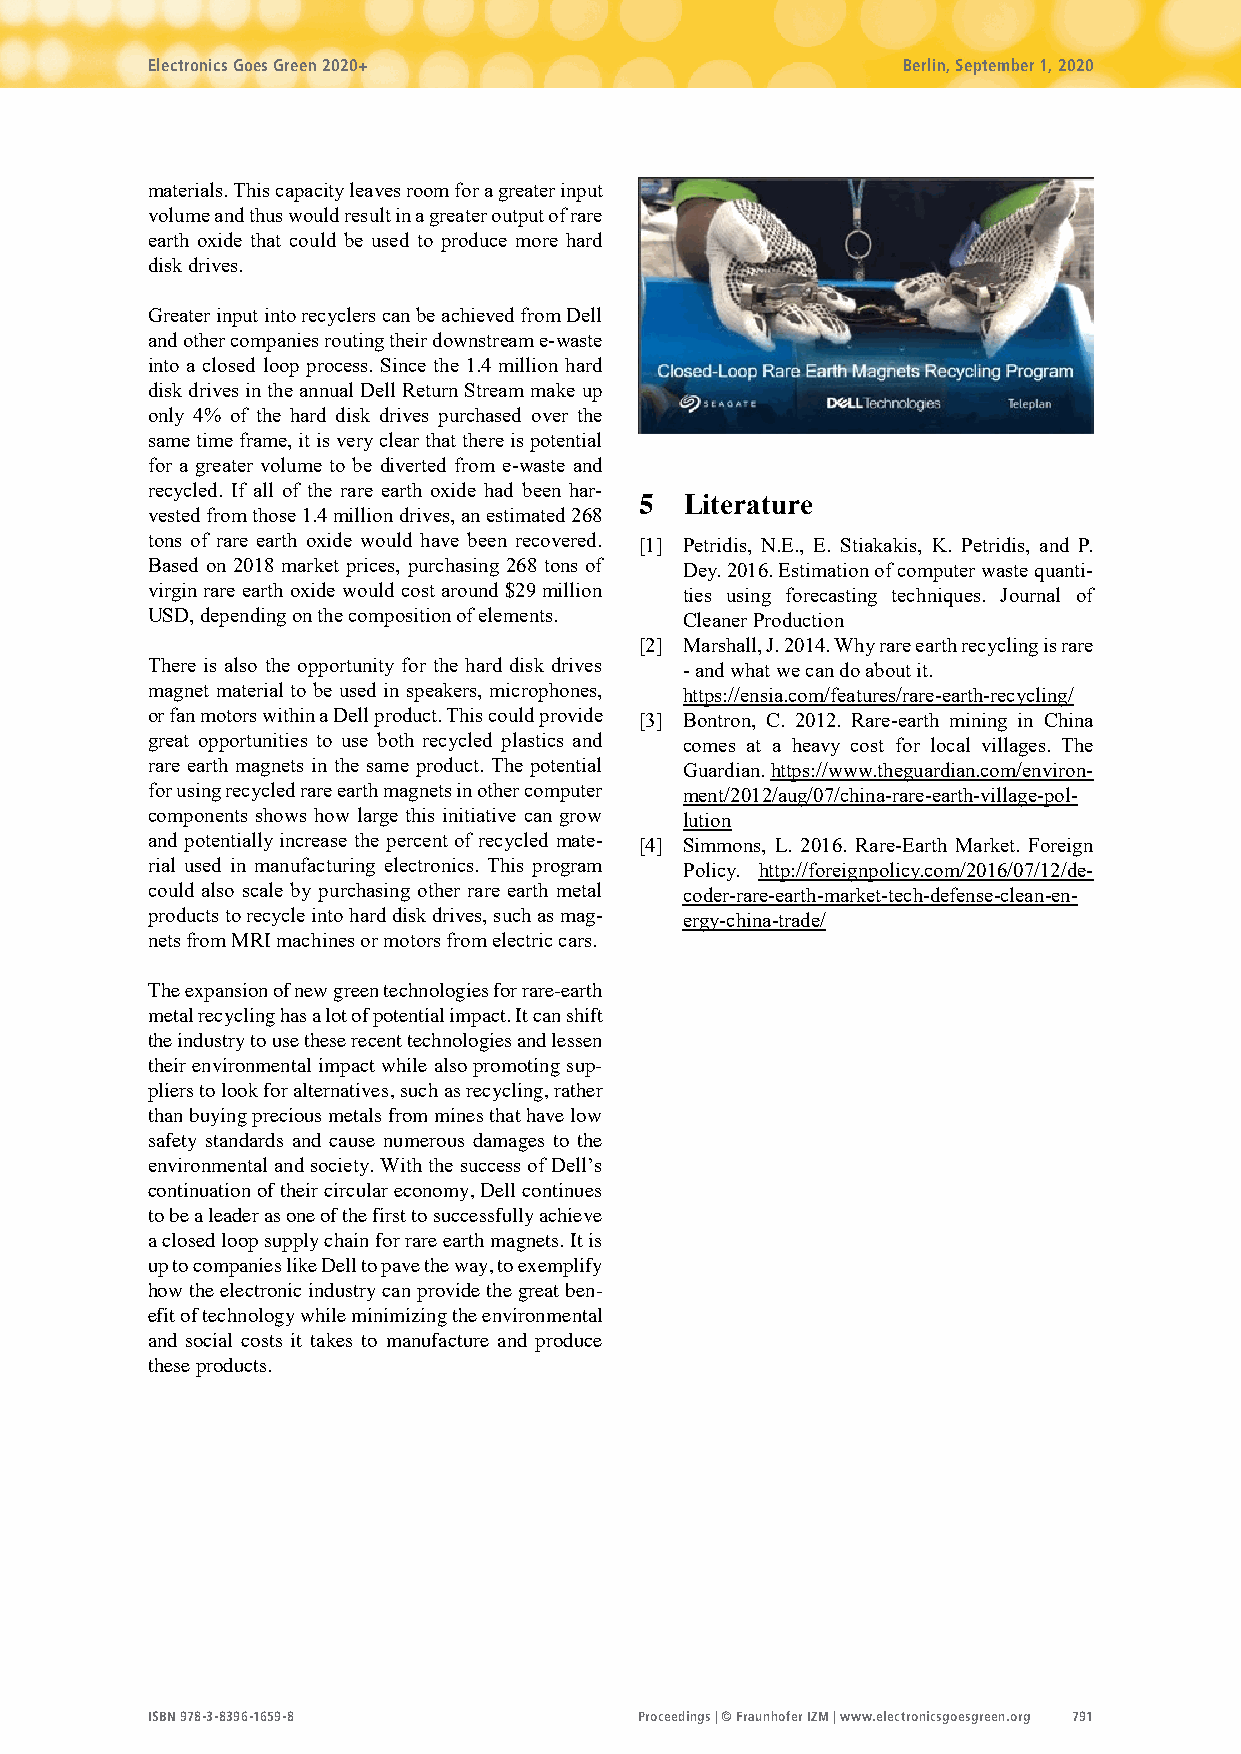
Electronics Goes Green 2020+                      Berlin, September 1, 2020
 materials. This capacity leaves room for a greater input
 volume and thus would result in a greater output of rare
 earth oxide that could be used to produce more hard
 disk drives.
 Greater input into recyclers can be achieved from Dell
 and other companies routing their downstream e-waste
 into a closed loop process. Since the 1.4 million hard
 disk drives in the annual Dell Return Stream make up
 only 4% of the hard disk drives purchased over the
 same time frame, it is very clear that there is potential
 for a greater volume to be diverted from e-waste and
 recycled. If all of the rare earth oxide had been har-
 5  Literature
 vested from those 1.4 million drives, an estimated 268
 tons of rare earth oxide would have been recovered. [1] Petridis, N.E., E. Stiakakis, K. Petridis, and P.
 Based on 2018 market prices, purchasing 268 tons of Dey. 2016. Estimation of computer waste quanti-
 virgin rare earth oxide would cost around $29 million ties using forecasting techniques. Journal of
 USD, depending on the composition of elements. Cleaner Production
 [2] Marshall, J. 2014. Why rare earth recycling is rare
 There is also the opportunity for the hard disk drives - and what we can do about it.
 magnet material to be used in speakers, microphones, https://ensia.com/features/rare-earth-recycling/
 or fan motors within a Dell product. This could provide [3] Bontron, C. 2012. Rare-earth mining in China
 great opportunities to use both recycled plastics and comes at a heavy cost for local villages. The
 rare earth magnets in the same product. The potential Guardian. https://www.theguardian.com/environ-
 for using recycled rare earth magnets in other computer ment/2012/aug/07/china-rare-earth-village-pol-
 components shows how large this initiative can grow lution
 and potentially increase the percent of recycled mate- [4] Simmons, L. 2016. Rare-Earth Market. Foreign
 rial used in manufacturing electronics. This program Policy. http://foreignpolicy.com/2016/07/12/de-
 could also scale by purchasing other rare earth metal coder-rare-earth-market-tech-defense-clean-en-
 products to recycle into hard disk drives, such as mag- ergy-china-trade/
 nets from MRI machines or motors from electric cars.
 The expansion of new green technologies for rare-earth
 metal recycling has a lot of potential impact. It can shift
 the industry to use these recent technologies and lessen
 their environmental impact while also promoting sup-
 pliers to look for alternatives, such as recycling, rather
 than buying precious metals from mines that have low
 safety standards and cause numerous damages to the
 environmental and society. With the success of Dell’s
 continuation of their circular economy, Dell continues
 to be a leader as one of the first to successfully achieve
 a closed loop supply chain for rare earth magnets. It is
 up to companies like Dell to pave the way, to exemplify
 how the electronic industry can provide the great ben-
 efit of technology while minimizing the environmental
 and social costs it takes to manufacture and produce
 these products.
 I SBN 978-3-8396-1659-8         Proceedings | © Fraunhofer IZM | www.electronicsgoesgreen.org 791